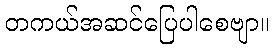
တကယ်အဆင်ပြေပါစေဗျာ။